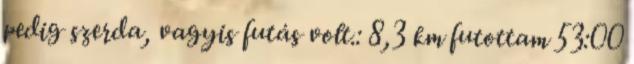
pedig szerda, vagyis futás volt.: 8,3 km futottam 53:00